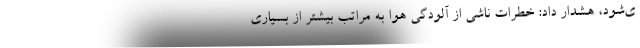
ی‌شود، هشدار داد: خطرات ناشی از آلودگی هوا به مراتب بیشتر از بسیاری